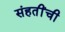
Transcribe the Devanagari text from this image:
संहतींची